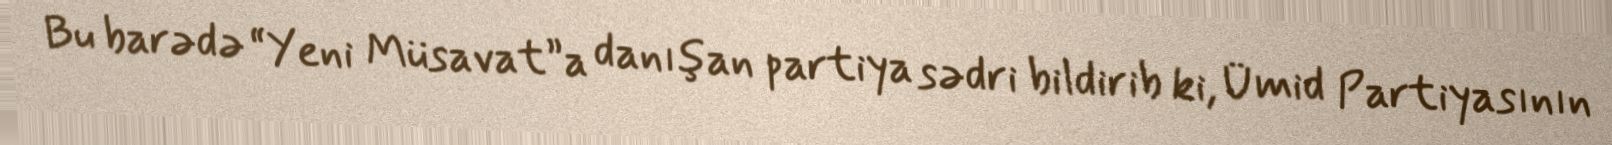
Bu barədə “Yeni Müsavat”a danışan partiya sədri bildirib ki, Ümid Partiyasının